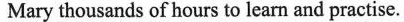
Mary thousands of hours to learn and practise